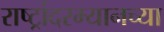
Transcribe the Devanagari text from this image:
राष्ट्रांदरम्यानच्या